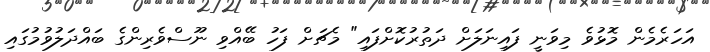
އަހަރެމެން މޮޅުވެ މިވަނީ ފައިނަލަށް ދަތުރުކޮށްފައި" މެޗަށް ފަހު ބޭއްވި ނޫސްވެރިންގެ ބައްދަލުވުމުގައި